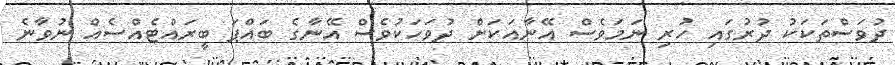
ދުވަސްތަކަކު ދުރުގައި ހުރި ނަމަވެސް އޭނާއަކަށް ދުވަހަކުވެސް އޭނާގެ ބައްޕަ ބީރައްޓެއްސެއް ނުވާނެ